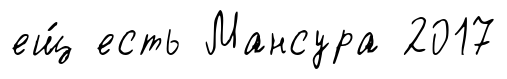
ещ́ есть Мансура 2017